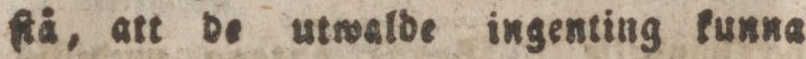
ſtå, att de utwalde ingenting kunna